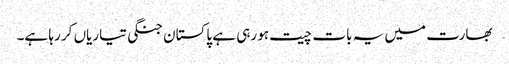
بھارت میں یہ بات چیت ہو رہی ہے پاکستان جنگی تیاریاں کر رہا ہے۔